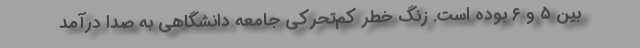
بین ۵ و ۶ بوده است. زنگ خطر کم‌تحرکی جامعه دانشگاهی به صدا درآمد